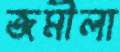
জমীলা